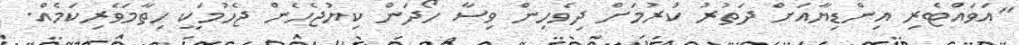
"އަވައްޓެރި އިންޑިޔާއަށް ދަތުރު ކުރުމަށް ދިވެހިން ވިސާ ހޯދަން ކިޔުޖެހެން ޖެހުމަކީ ހިތާމަވެރިކަމެއް.